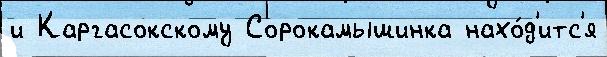
и Каргасокскому Сорокамышинка нахо́д'итс'я